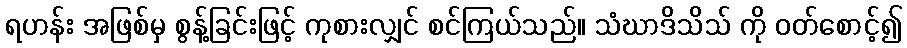
ရဟန်း အဖြစ်မှ စွန့်ခြင်းဖြင့် ကုစားလျှင် စင်ကြယ်သည်။ သံဃာဒိသိသ် ကို ဝတ်စောင့်၍